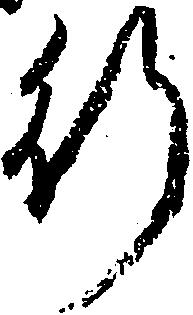
行